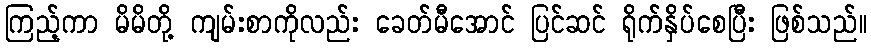
ကြည့်ကာ မိမိတို့ ကျမ်းစာကိုလည်း ခေတ်မီအောင် ပြင်ဆင် ရိုက်နှိပ်စေပြီး ဖြစ်သည်။